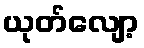
ယုတ်လျော့